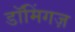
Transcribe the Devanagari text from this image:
डॉमिंगज़